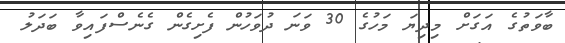
ބާވަތުގެ އަގަށް މިދިޔަ މަހުގެ 30 ވަނަ ދުވަހުން ފެށިގެން ގެނެސްފައިވާ ބަދަލު